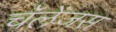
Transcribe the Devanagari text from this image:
चॅलेंजस